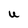
Character: U